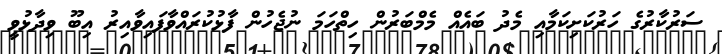
ސަރުކާރުގެ ހަރުކަށިކަމާއި މެދު ބައެއް މެމްބަރުން ހިތްހަމަ ނުޖެހުން ފާޅުކުރައްވާފައިވާއިރު އިބޫ ވިދާޅުވީ